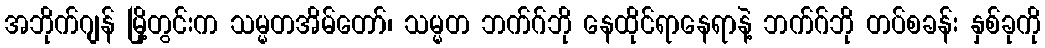
အဘိုက်ဂျန် မြို့တွင်းက သမ္မတအိမ်တော်၊ သမ္မတ ဘက်ဂ်ဘို နေထိုင်ရာနေရာနဲ့ ဘက်ဂ်ဘို တပ်စခန်း နှစ်ခုကို